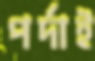
পর্দাই